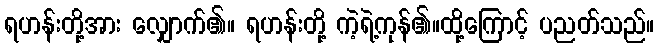
ရဟန်းတို့အား လျှောက်၏။ ရဟန်းတို့ ကဲ့ရဲ့ကုန်၏။ထို့ကြောင့် ပညတ်သည်။